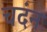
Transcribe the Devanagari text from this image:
चदंन